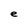
Character: e